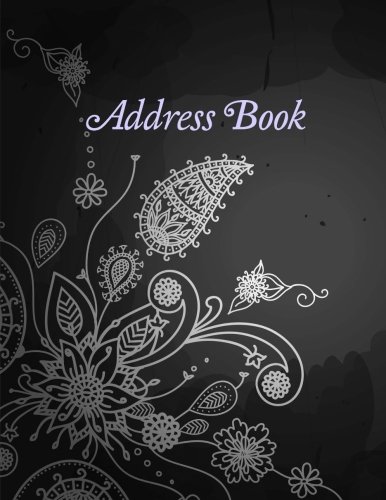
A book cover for Address Book (Beautiful and Simple Address Books-Jumbo Size Floral Paisley) (Volume 1); Creative Planners and Journals; Business & Money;